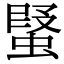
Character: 𧎂